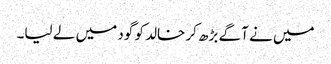
میں نے آگے بڑھ کر خالد کو گود میں لے لیا۔